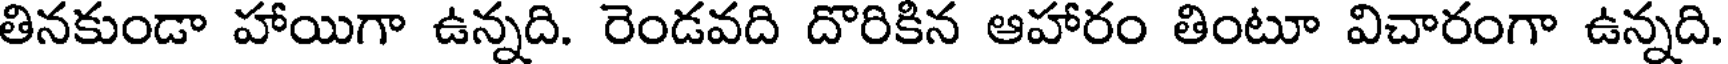
తినకుండా హాయిగా ఉన్నది. రెండవది దొరికిన ఆహారం తింటూ విచారంగా ఉన్నది